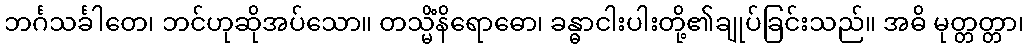
ဘင်္ဂသင်္ခါတေ၊ ဘင်ဟုဆိုအပ်သော။ တသ္မိံနိရောဓော၊ ခန္ဓာငါးပါးတို့၏ချုပ်ခြင်းသည်။ အဓိ မုတ္တတ္တာ၊